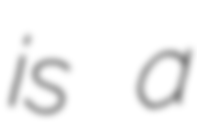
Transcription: is a